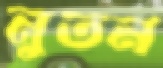
নুতন